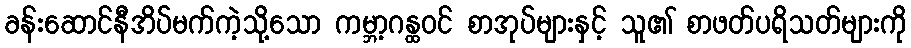
ခန်းဆောင်နီအိပ်မက်ကဲ့သို့သော ကမ္ဘာ့ဂန္ထဝင် စာအုပ်များနှင့် သူ၏ စာဖတ်ပရိသတ်များကို